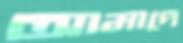
আমাদে